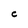
Character: C